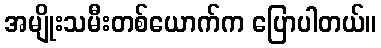
အမျိုးသမီးတစ်ယောက်က ပြောပါတယ်။